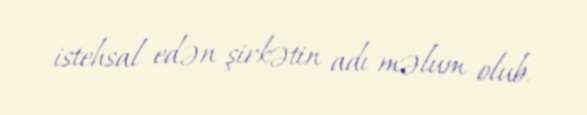
istehsal edən şirkətin adı məlum olub.